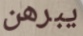
يبرهن